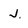
Character: J